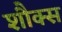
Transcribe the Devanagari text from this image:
शौक्स